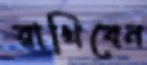
রাখিবেন